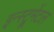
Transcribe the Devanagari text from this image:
इन्स्ट्रूमेंटल